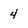
Character: 4